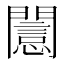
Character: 𨶡